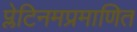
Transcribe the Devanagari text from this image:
प्लेटिनमप्रमाणित